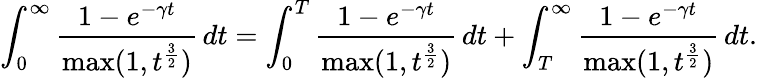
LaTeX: \int_{0}^{\infty}\frac{1-e^{-\gamma t}}{\operatorname*{max}(1,t^{\frac{3}{2}})}\, dt=\int_{0}^{T}\frac{1-e^{-\gamma t}}{\operatorname*{max}(1,t^{\frac{3}{2}})}\, dt+\int_{T}^{\infty}\frac{1-e^{-\gamma t}}{\operatorname*{max}(1,t^{\frac{3}{2}})}\, dt.